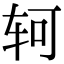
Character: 轲